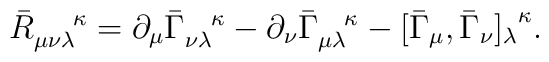
{{\bar{R}}_{\mu\nu\lambda}}^{\;\;\;\;\;\;\kappa} = \partial_\mu{ \bar{\Gamma }}_{\nu\lambda}^ {\;\;\;\;\kappa} - \partial_\nu{\bar{\Gamma}}_{\mu\lambda}^{\;\;\;\;\kappa}- [\bar{\Gamma}_\mu , \bar{\Gamma}_\nu {]_\lambda}^\kappa.